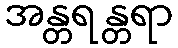
အန္တရန္တရာ